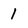
Character: 1